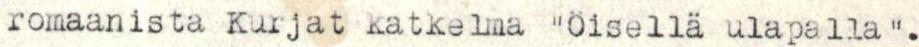
romaanista Kurjat katkelma "Öisellä ulapalla".